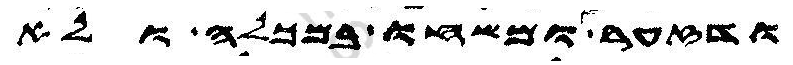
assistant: ודזער ומשחו במכלה ולא